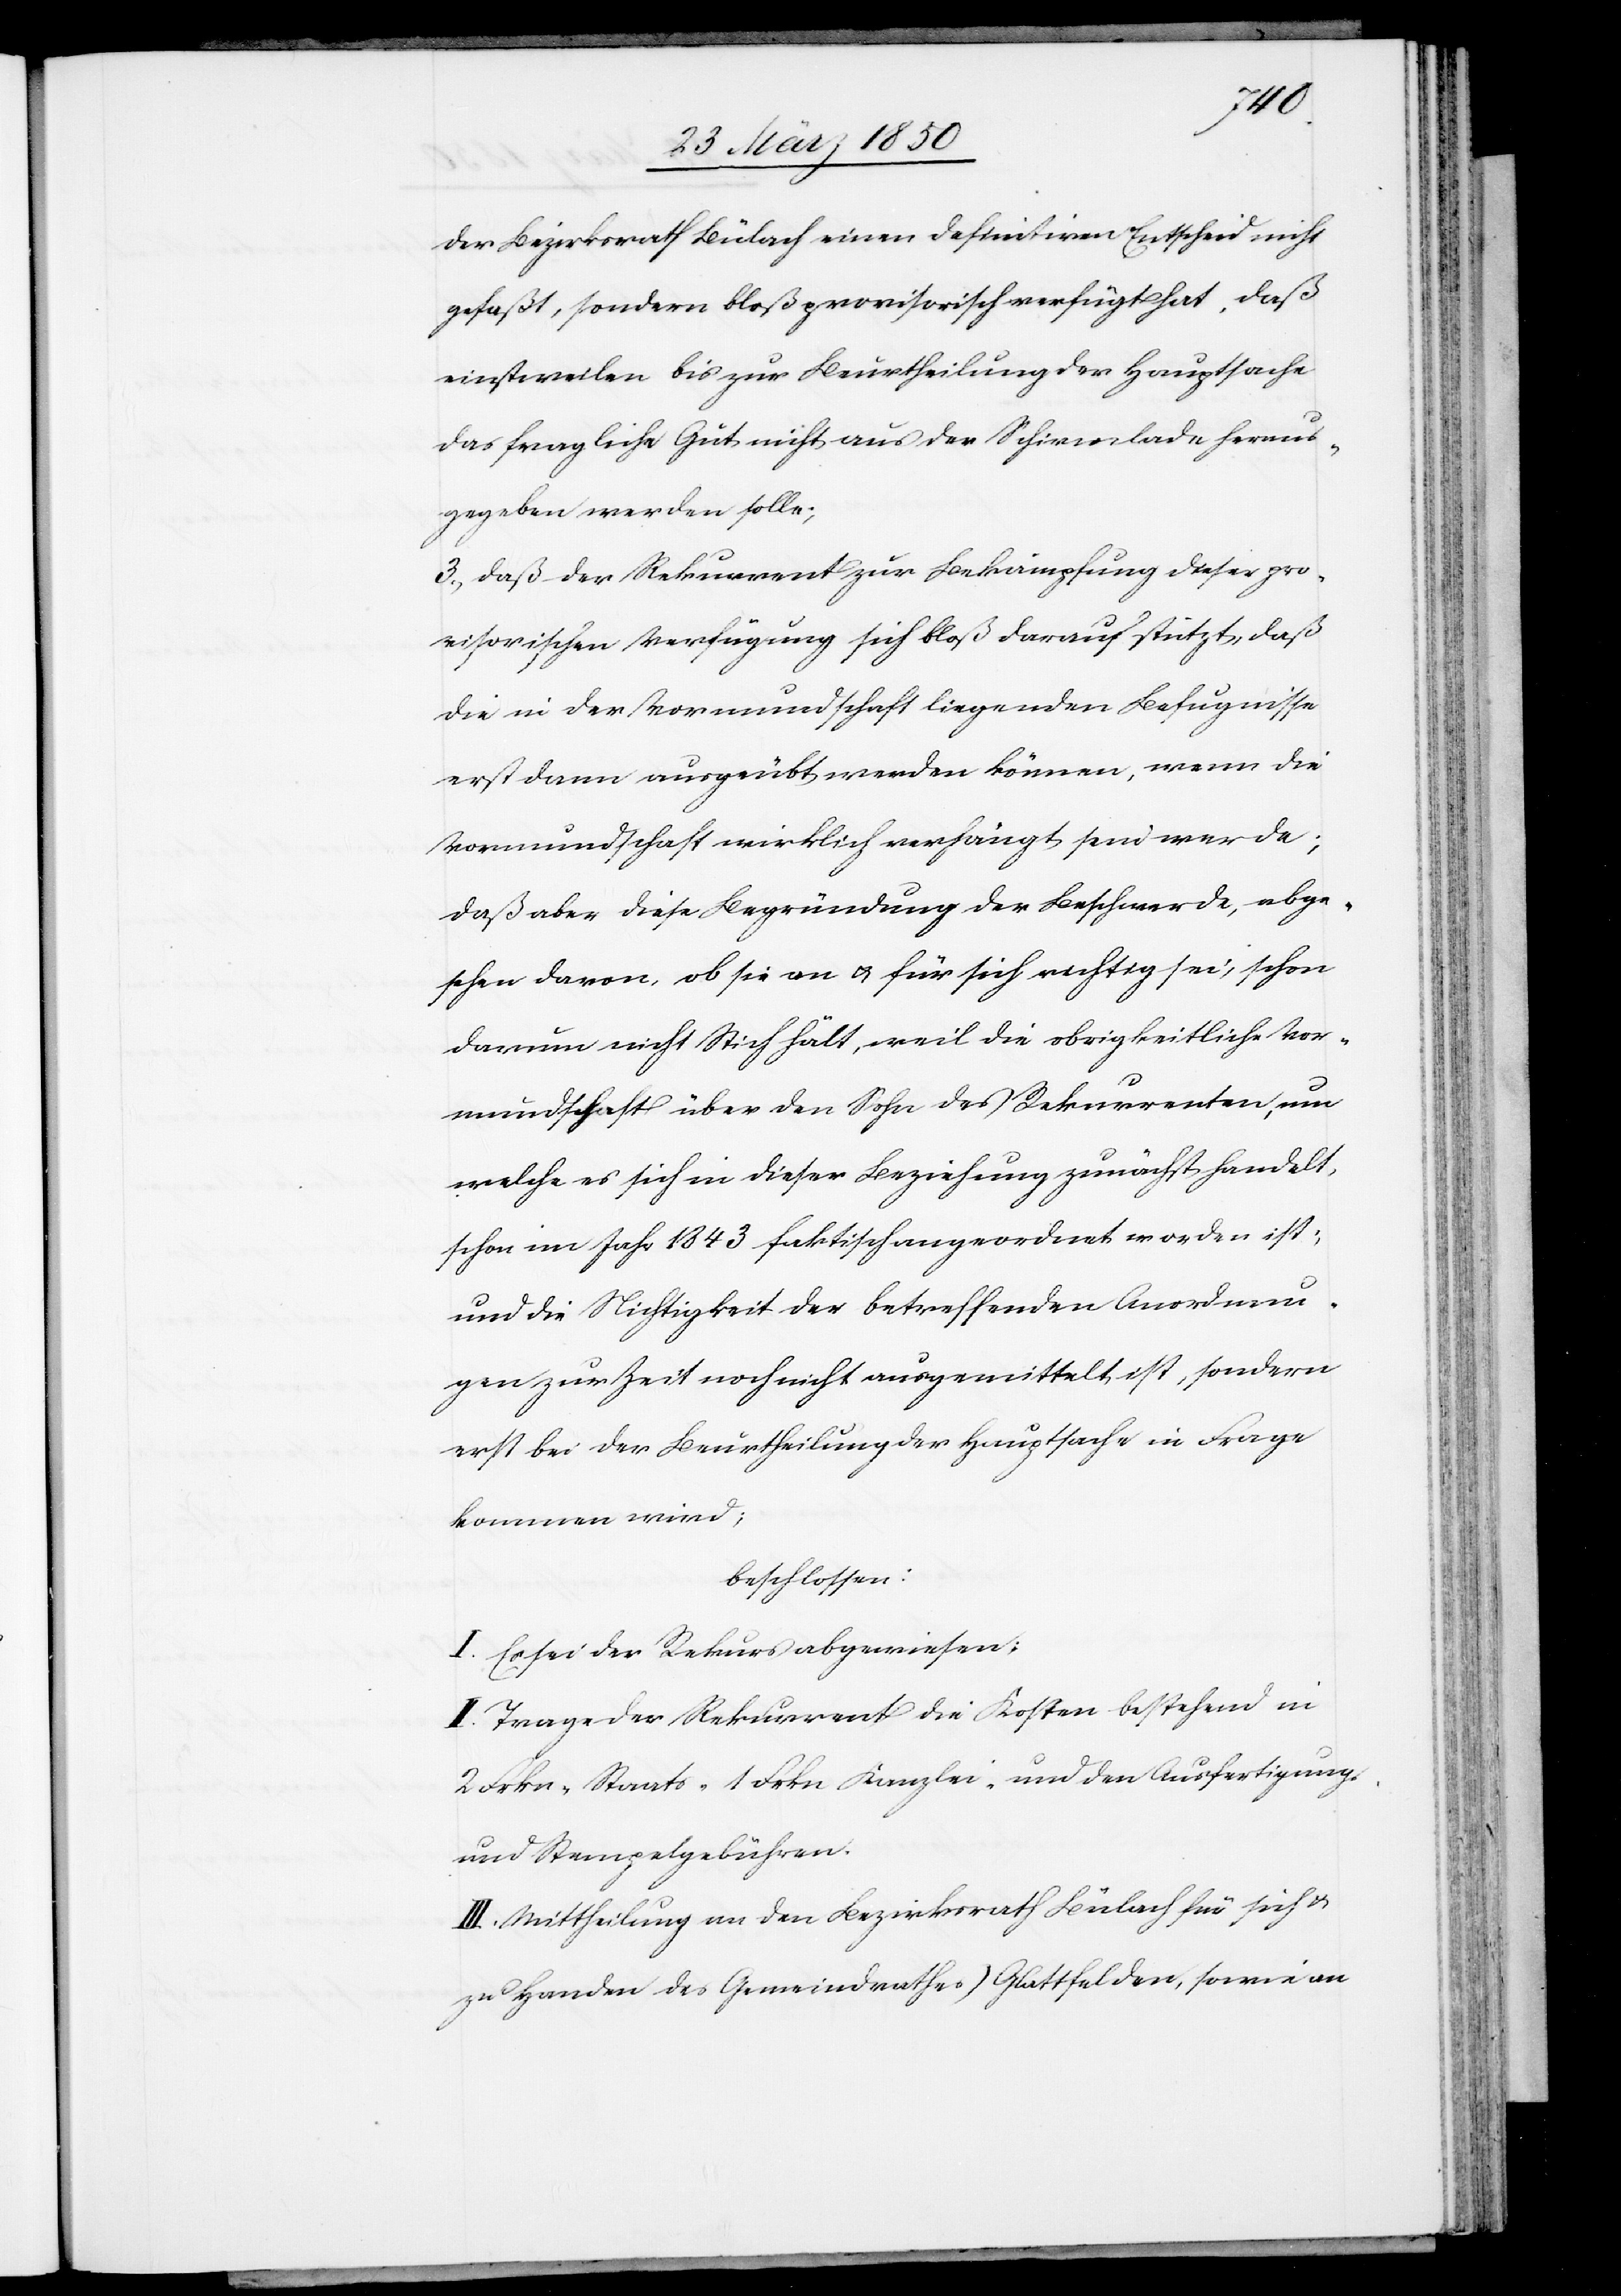
der Bezirksrath Bülach einen definitiven Entscheid nicht
gefaßt, sondern bloß provisorisch verfügt hat. Daß
einstweilen bis zur Beurtheilung der Hauptsache
das fragliche Gut nicht aus der Schirmlade heraus¬
gegeben werden solle;
3. daß der Rekurrent zur Bekämpfung dieser pro¬
visorischen Verfügung sich bloß darauf stützt, daß
die in der Vormundschaft liegenden Befugnisse
erst dann ausgeübt werden können, wenn die
Vormundschaft wirklich verhängt sein werde;
daß aber diese Begründung der Beschwerde, abge¬
sehen davon, ob sie an u. für sich richtig sei, schon
darum nicht Stich hält, weil die obrigkeitliche Vor¬
mundschaft über den Sohn des Rekurrenten, um
welche es sich in dieser Beziehung zunächst handelt,
schon im Jahr 1843 faktisch angeordnet worden ist;
und die Nichtigkeit der betreffenden Anordnun¬
gen zur Zeit noch nicht ausgemittelt ist, sondern
erst bei der Beurtheilung der Hauptsache in Frage
kommen wird;
beschlossen:
I. Es sei der Rekurs abgewiesen;
II. Trage der Rekurrent die Kosten bestehend in
2 Frkn- Staats- 1 Frkn Kanzlei- und den Ausfertigungs-
und Stempelgebühren.
III. Mittheilung an den Bezirksrath Bülach für sich u.
zu Handen des Gemeindrathes Glattfelden, sowie an